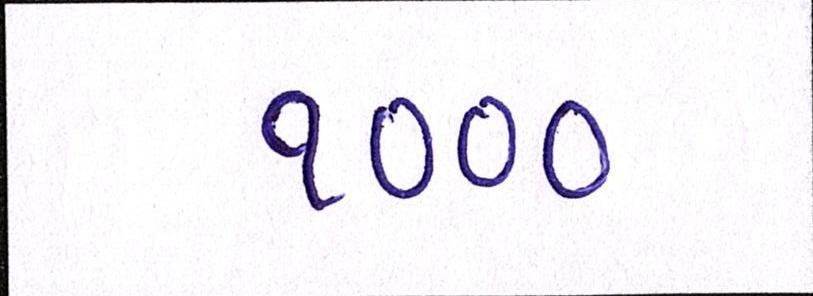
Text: ૧૦૦૦